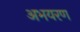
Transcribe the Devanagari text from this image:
अभयरण